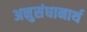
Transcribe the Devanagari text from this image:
अनुसंधानार्थ